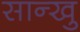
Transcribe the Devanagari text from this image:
सान्खु